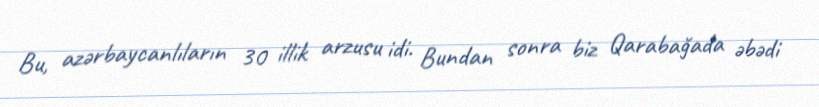
Bu, azərbaycanlıların 30 illik arzusu idi. Bundan sonra biz Qarabağada əbədi